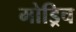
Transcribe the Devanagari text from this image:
मोड्रिच